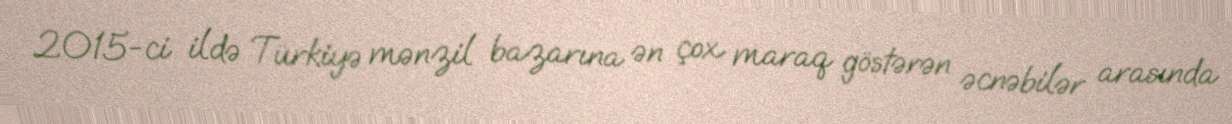
2015-ci ildə Türkiyə mənzil bazarına ən çox maraq göstərən əcnəbilər arasında